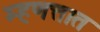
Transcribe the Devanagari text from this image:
म्हणत्तात